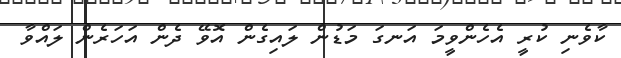
ކާވެނި ކުރީ އެހެންވީމަ އަނގަ މަޑުން ލައިގެން އޮވޭ ދެން އަހަރެން ލައްވާ